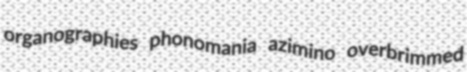
organographies phonomania azimino overbrimmed